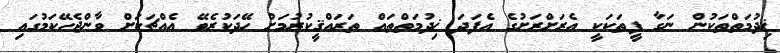
ޚިދުމަތްތަކުން ނަގާ ފީތަކަކީ އެރަށްރަށުގެ އެފަދަ ޚިދުމަތްތައް ތަރައްޤީކުރުމަށް ހޭދަކުރެވޭ އެއްޗަކަށް ވާންޖެހޭކަމުގައި